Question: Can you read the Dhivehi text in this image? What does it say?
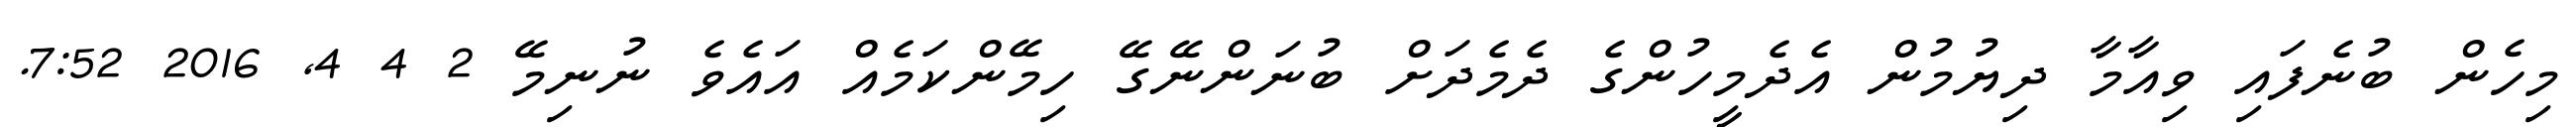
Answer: މިހެން ބުނެފައި ވިއާމާ ދިޔުމުން އެދެމީހުންގެ ދެމެދަށް ބުނަންނޭގޭ ހިމޭންކަމެއް އައެވެ ނުނިމޭ 2 4 4, 2016 7:52.